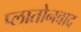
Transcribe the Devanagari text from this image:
प्लातोनवाद